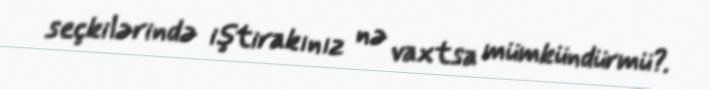
seçkilərində iştirakınız nə vaxtsa mümkündürmü?.